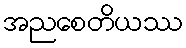
အညစေတိယဿ